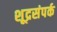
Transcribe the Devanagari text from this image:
शूद्रसंपर्क